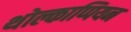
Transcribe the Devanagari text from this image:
थोल्काप्पियन